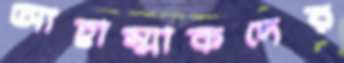
আহাম্মাকদের